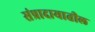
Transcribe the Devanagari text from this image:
संप्रादायातील